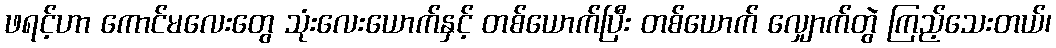
ဖရင့်ဟာ ကောင်မလေးတွေ သုံးလေးယောက်နှင့် တစ်ယောက်ပြီး တစ်ယောက် လျှောက်တွဲ ကြည့်သေးတယ်၊